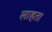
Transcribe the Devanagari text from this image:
लाहता